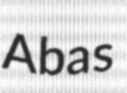
Abas